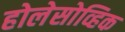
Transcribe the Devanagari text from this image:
होलेसोव्हिक